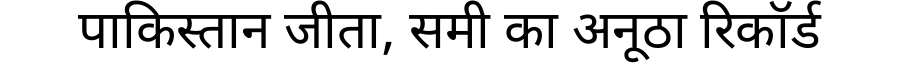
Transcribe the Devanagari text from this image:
पाकिस्तान जीता, समी का अनूठा रिकॉर्ड